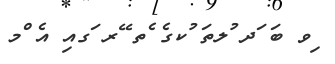
ިވ ބަ ަދ ުލތަ ުކގެ ެތ ޭރ ަގއި އެ ްމ